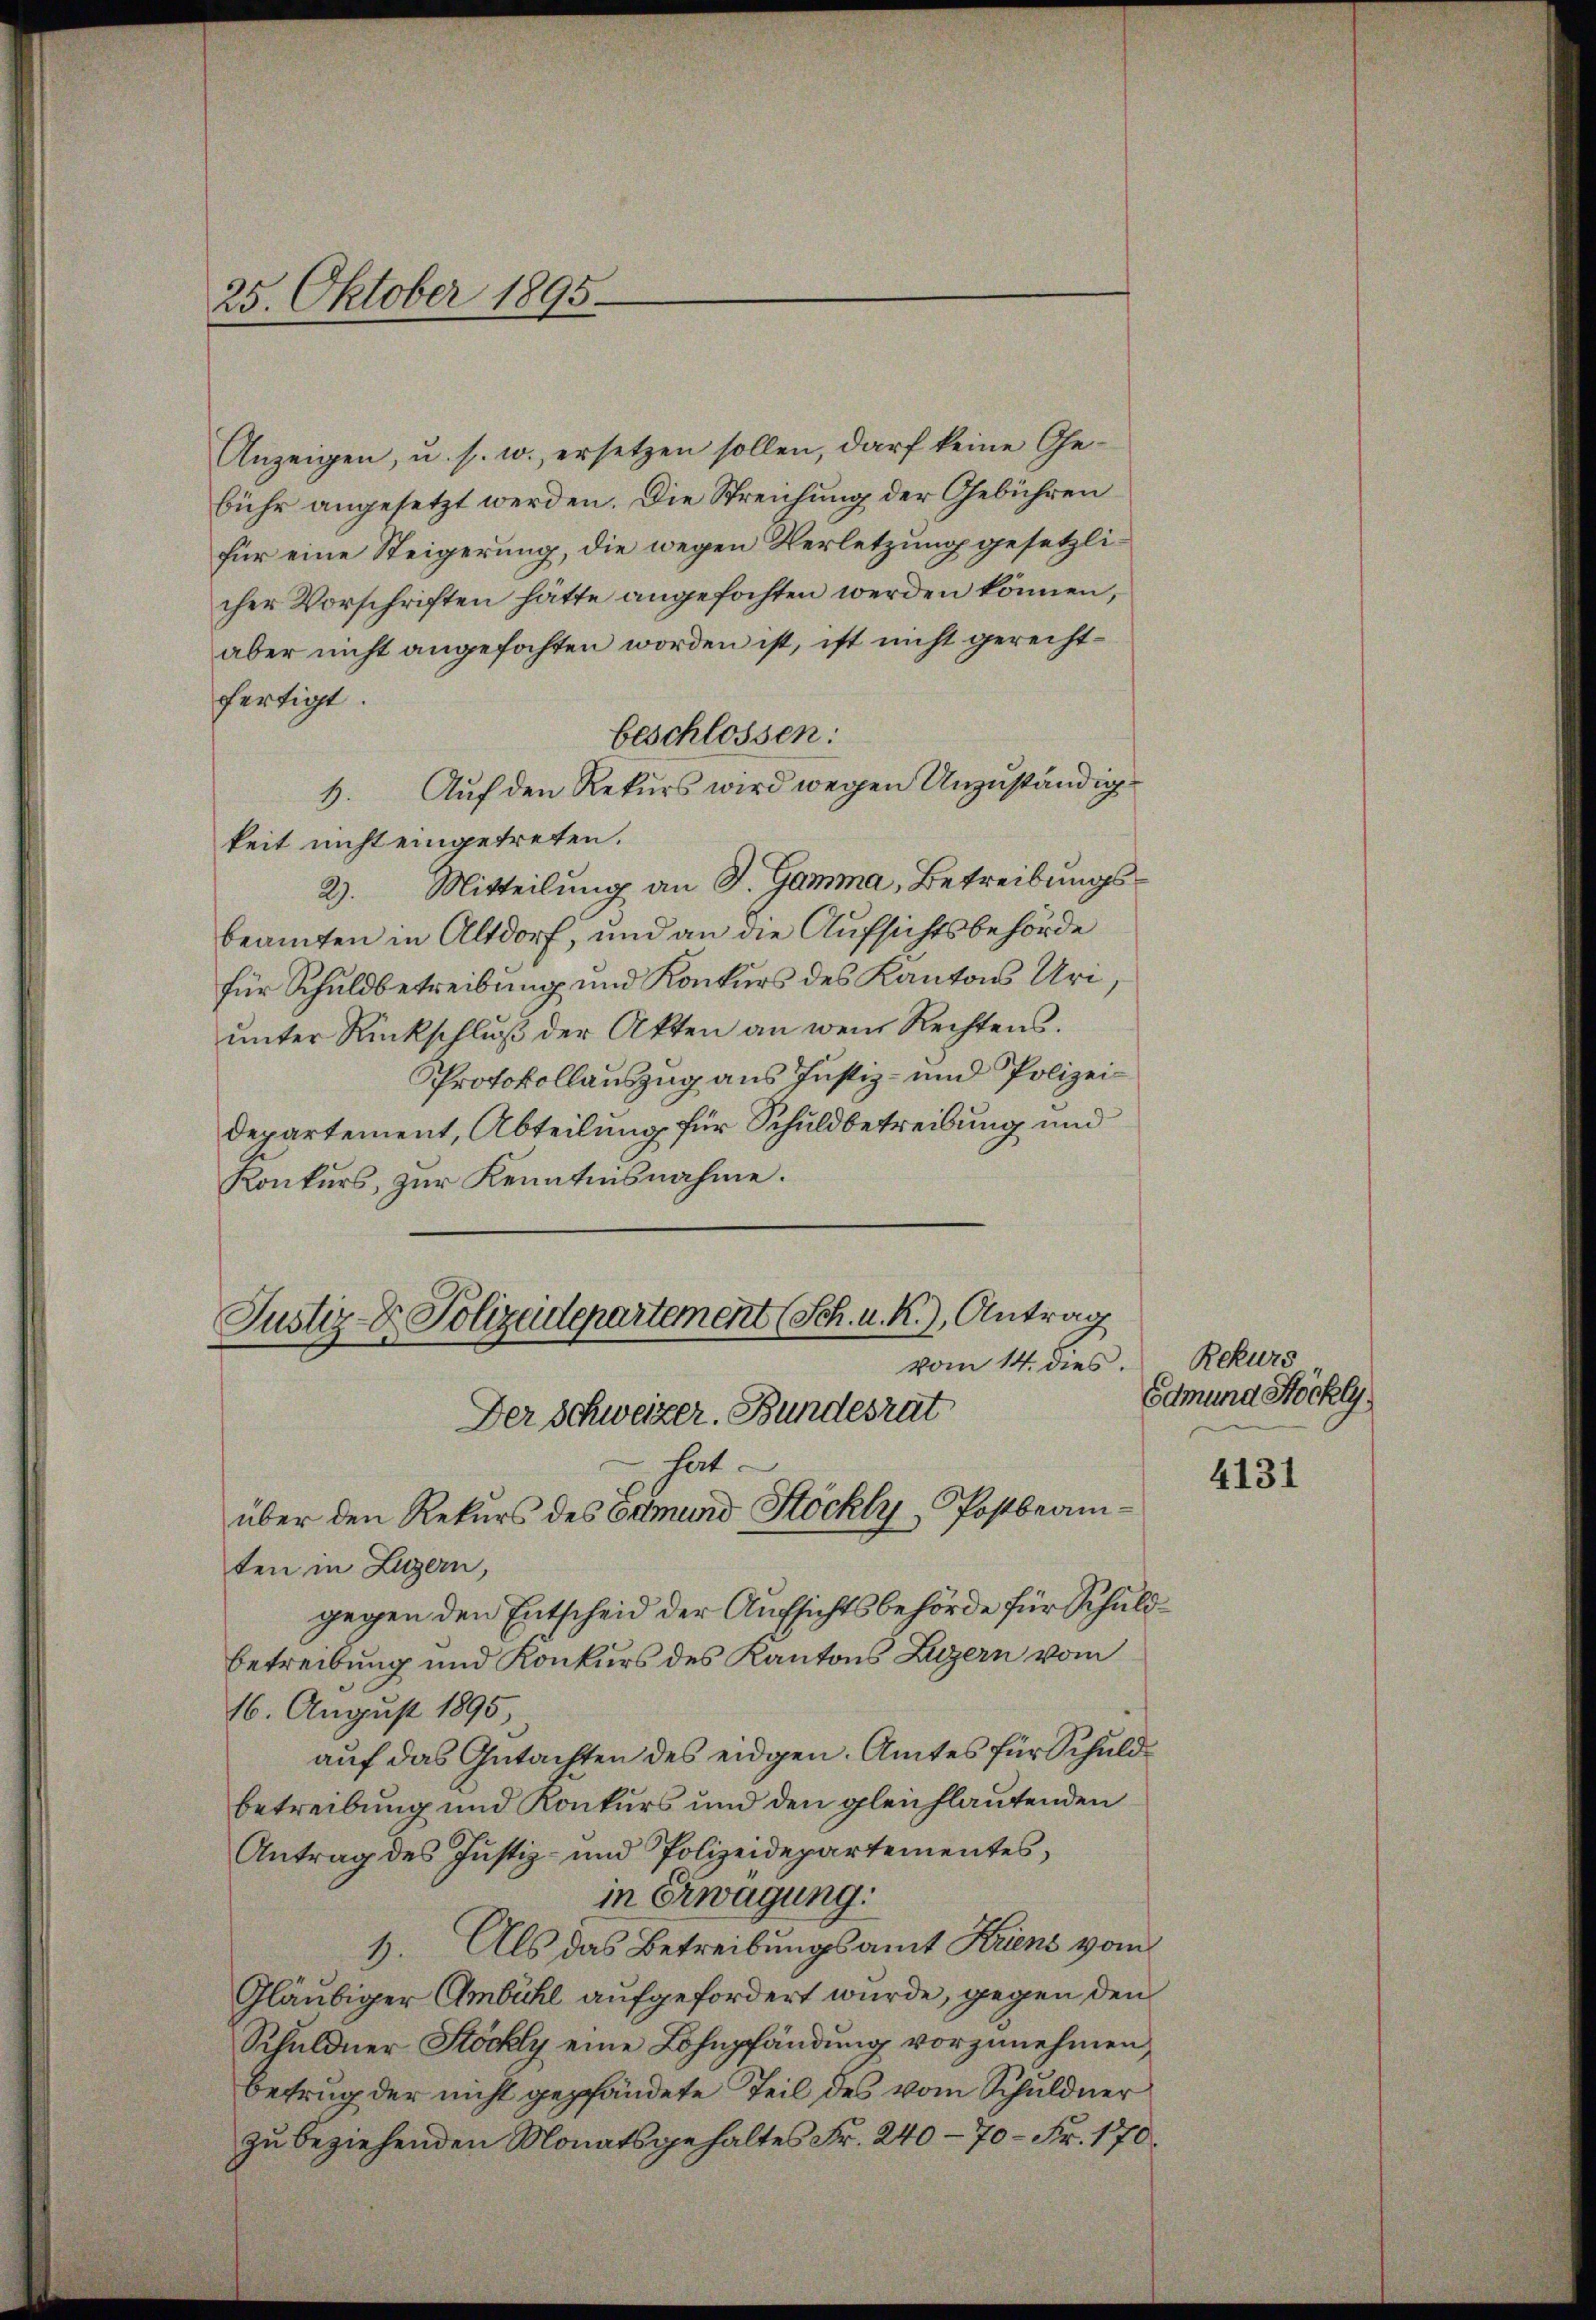
25. Oktober 1895.

Anzeigen, u. s. w. ersetzen sollen, darf keine Gebühr angesetzt werden. Die Streichung der Gebühren
für eine Steigerung, die wegen Verletzung gesetzlicher Vorschriften hätte angefochten werden können,
aber nicht angefochten worden ist, ist nicht gerechtfertigt.
beschlossen:
1. Auf den Rekurs wird wegen Unzuständig
keit nicht eingetreten.
2). Mitteilung an S. Gamma, Betreibungsbeamten in Altdorf, und an die Aufsichtsbehörde
für Schuldbetreibung und Konkurs des Kantons Uri
unter Rückschluß der Akten an wenn Rechtens.
Protokollauszug aus Justiz- und Polizeidepartement, Abteilung für Schuldbetreibung und
Konkurs, zur Kenntnisnahme.

Justiz- & Polizeidepartement (Sch. u. R.), Antrag
vom 14. dies

Der Schweizer. Bundesrat
hat.
über den Rekurs des Odmund Stöckly-Postbeam
ten in Luzern,
gegen den Entscheid der Aufsichtsbehörde für Schuldbetreibung und Konkurs des Kantons Luzern vom
16. August 1895,
auf das Gutachten des eidgen. Amtes für Schuldbetreibung und Konkurs und den gleichlautenden
Antrag des Justiz- und Polizeidepartementes,
in Erwägung.
1) Als das Betreibungsamt Kriens vom
Gläubiger Ambühl aufgefordert wurde, gegen den
Schuldner Stöckly eine Lohnpfändung vorzunehmen.
Betrag der nicht gepfändete Teil des vom Schuldner
zu beziehenden Monatsgehaltes Fr. 240 - 70 Fr. 170.

Rekurs
Edmund Höckly

4131